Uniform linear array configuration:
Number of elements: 16
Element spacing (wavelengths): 0.75
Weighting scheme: uniform
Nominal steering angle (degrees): -30
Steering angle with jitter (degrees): -29.28
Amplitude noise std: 0.05
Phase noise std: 0.05

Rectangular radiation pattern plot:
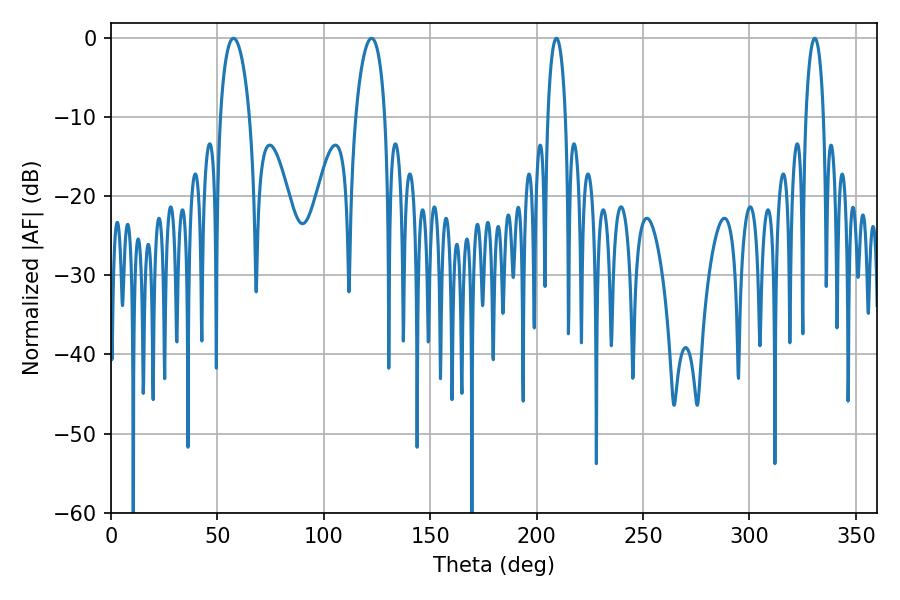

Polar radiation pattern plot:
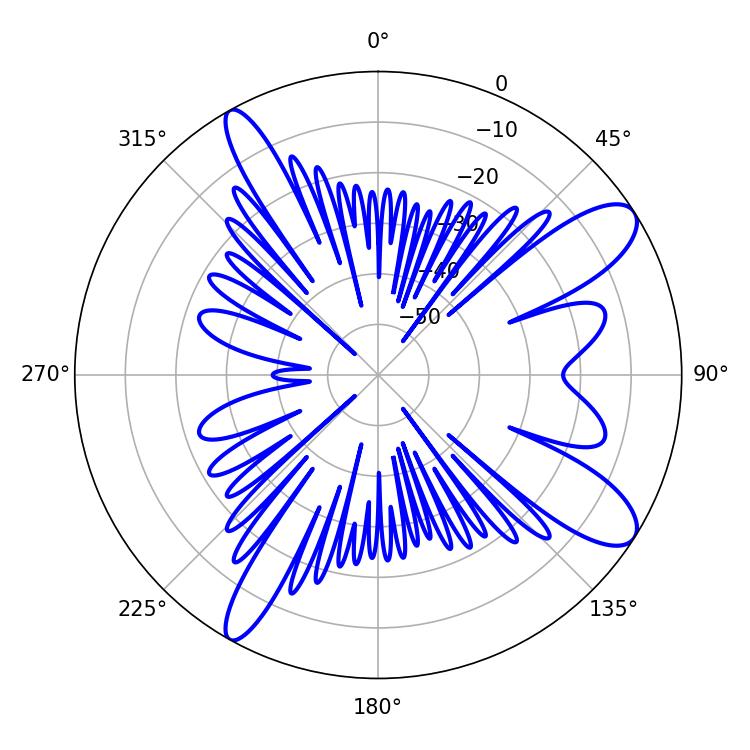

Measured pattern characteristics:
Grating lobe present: TRUE
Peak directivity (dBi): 10.715
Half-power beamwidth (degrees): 7.92
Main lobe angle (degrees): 57.6